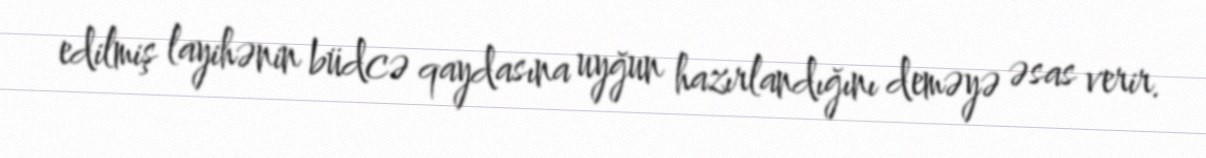
edilmiş layihənin büdcə qaydasına uyğun hazırlandığını deməyə əsas verir.